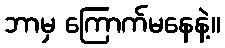
ဘာမှ ကြောက်မနေနဲ့။